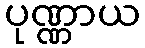
ပုဏ္ဏာယ